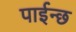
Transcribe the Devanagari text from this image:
पाईन्छ